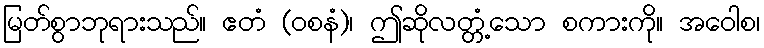
မြတ်စွာဘုရားသည်။ ဧတံ (ဝစနံ)၊ ဤဆိုလတ္တံ့သော စကားကို။ အဝေါစ၊